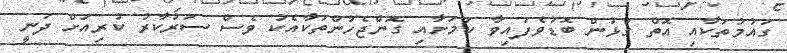
ގައުމުތަކާއި އޮތް ގުޅުން ބޮޑުވެފައިވާ ކަމަށާއި ގޮންޖެހުންތަކާއެކު ވެސް ސަރުކާރު ކުރިއަށް ދަނީ